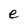
Character: e